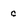
Character: c